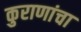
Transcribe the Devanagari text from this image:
कुराणांचा